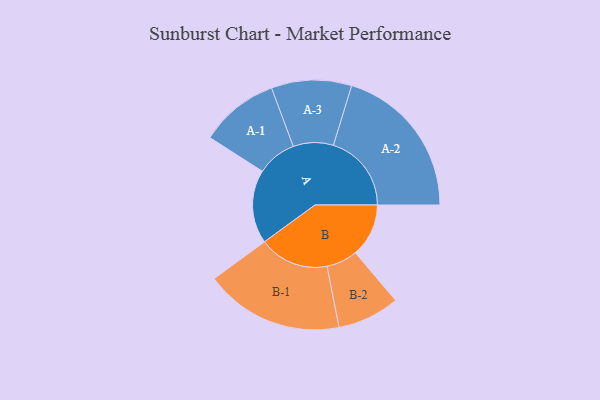
{"axis": {"x": "Segment", "y": "Value"}, "legend": ["", "A", "B"], "data": [{"x": "A", "y": 279, "type": ""}, {"x": "B", "y": 202, "type": ""}, {"x": "A-1", "y": 150, "type": "A"}, {"x": "A-2", "y": 296, "type": "A"}, {"x": "A-3", "y": 152, "type": "A"}, {"x": "B-1", "y": 264, "type": "B"}, {"x": "B-2", "y": 118, "type": "B"}]}